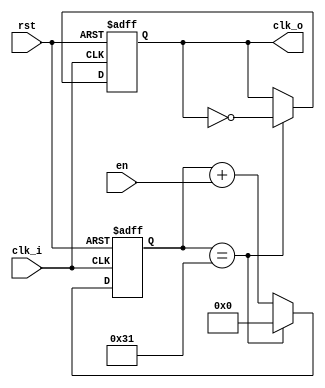
/* -------------------------------------------- *
 * Title       : Parameterised Clock Generator  *
 * Project     : Verilog Utility Modules        *
 * -------------------------------------------- *
 * Last Edit   : 23/01/2021                     *
 * -------------------------------------------- *
 * Description : Generates various clock freq.  *
 * -------------------------------------------- */

//OUTPUT_PERIOD should be even multiple of INPUT_PERIOD
module clock_generator_parametric #(parameter OUTPUT_PERIOD = 1000, parameter INPUT_PERIOD = 10)(
  input clk_i,
  input rst,
  input en,
  output reg clk_o);
  localparam CYCLE_COUNT = (OUTPUT_PERIOD / INPUT_PERIOD) / 2;
  localparam COUNTER_SIZE = $clog2(CYCLE_COUNT-1);

  wire countDone;
  reg [COUNTER_SIZE:0] counter;

  assign countDone = (counter == (CYCLE_COUNT-1));

  always@(posedge clk_i or posedge rst)
    begin
      if(rst)
        clk_o <= 1'd0;
      else
        clk_o <= (countDone) ? ~clk_o : clk_o;
    end
  
  always@(posedge clk_i or posedge rst)
    begin
      if(rst)
          counter <= {COUNTER_SIZE{1'd0}};
      else
          counter <= (countDone) ? {COUNTER_SIZE{1'd0}} : (counter + {{(COUNTER_SIZE-1){1'd0}},en});
    end
endmodule//bitClkGen